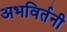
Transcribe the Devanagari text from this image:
अभविर्तनी